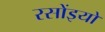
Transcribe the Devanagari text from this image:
रसोंइयों